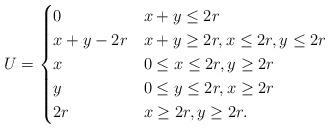
LaTeX: \begin{align*}U=\begin{cases}0&x+y\le 2r\\x+y-2r&x+y\ge 2r,x\le 2r,y\le 2r\\x&0\le x\le 2r,y\ge 2r\\y&0\le y\le 2r,x\ge 2r\\2r&x\ge 2r,y\ge 2r.\\\end{cases}\end{align*}